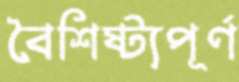
বৈশিষ্ট্যপূর্ণ